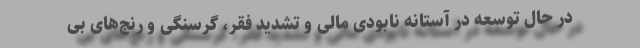
در حال توسعه در آستانه نابودی مالی و تشدید فقر، گرسنگی و رنج‌های بی